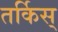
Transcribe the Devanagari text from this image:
तर्किस्